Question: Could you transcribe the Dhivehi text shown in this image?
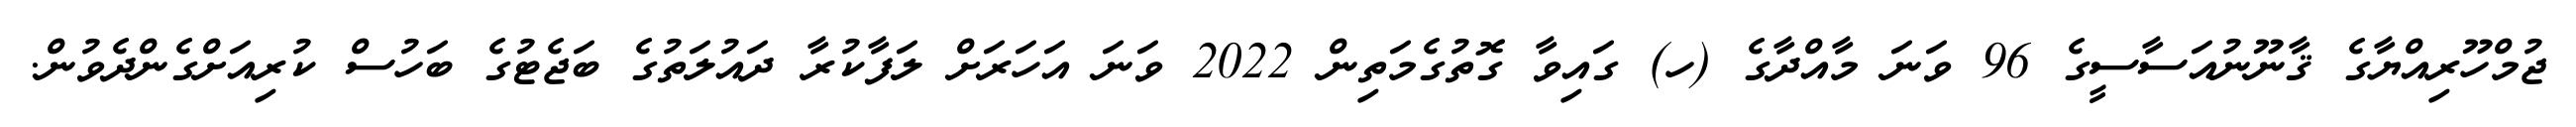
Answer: ޖުމްހޫރިއްޔާގެ ޤާނޫނުއަސާސީގެ 96 ވަނަ މާއްދާގެ (ހ) ގައިވާ ގޮތުގެމަތިން 2022 ވަނަ އަހަރަށް ލަފާކުރާ ދައުލަތުގެ ބަޖެޓުގެ ބަހުސް ކުރިއަށްގެންދެވުން.